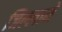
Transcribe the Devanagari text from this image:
जिल्लामे